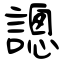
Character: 謥